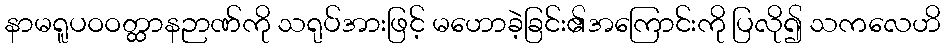
နာမရူပဝဝတ္ထာနဉာဏ်ကို သရုပ်အားဖြင့် မဟောခဲ့ခြင်း၏အကြောင်းကို ပြလို၍ သကလေဟိ